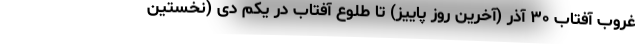
غروب آفتاب ۳۰ آذر (آخرین روز پاییز) تا طلوع آفتاب در یکم دی (نخستین